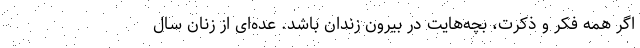
اگر همه فکر و ذکرت، بچه‌هایت در بیرون زندان باشد. عده‌ای از زنان سال